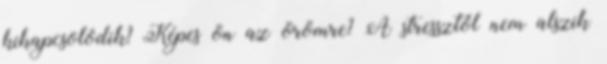
kikapcsolódik? Képes ön az örömre? A stressztől nem alszik